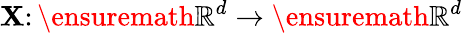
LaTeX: \mathbf{X}\colon\ensuremath{{\mathbb{{R}}^{d}}}\to\ensuremath{{\mathbb{{R}}^{d}}}